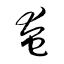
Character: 奄